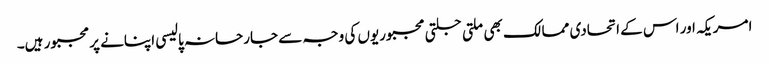
امریکہ اور اس کے اتحادی ممالک بھی ملتی جلتی مجبوریوں کی وجہ سے جارحانہ پالیسی اپنانے پر مجبور ہیں۔